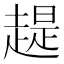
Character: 趧